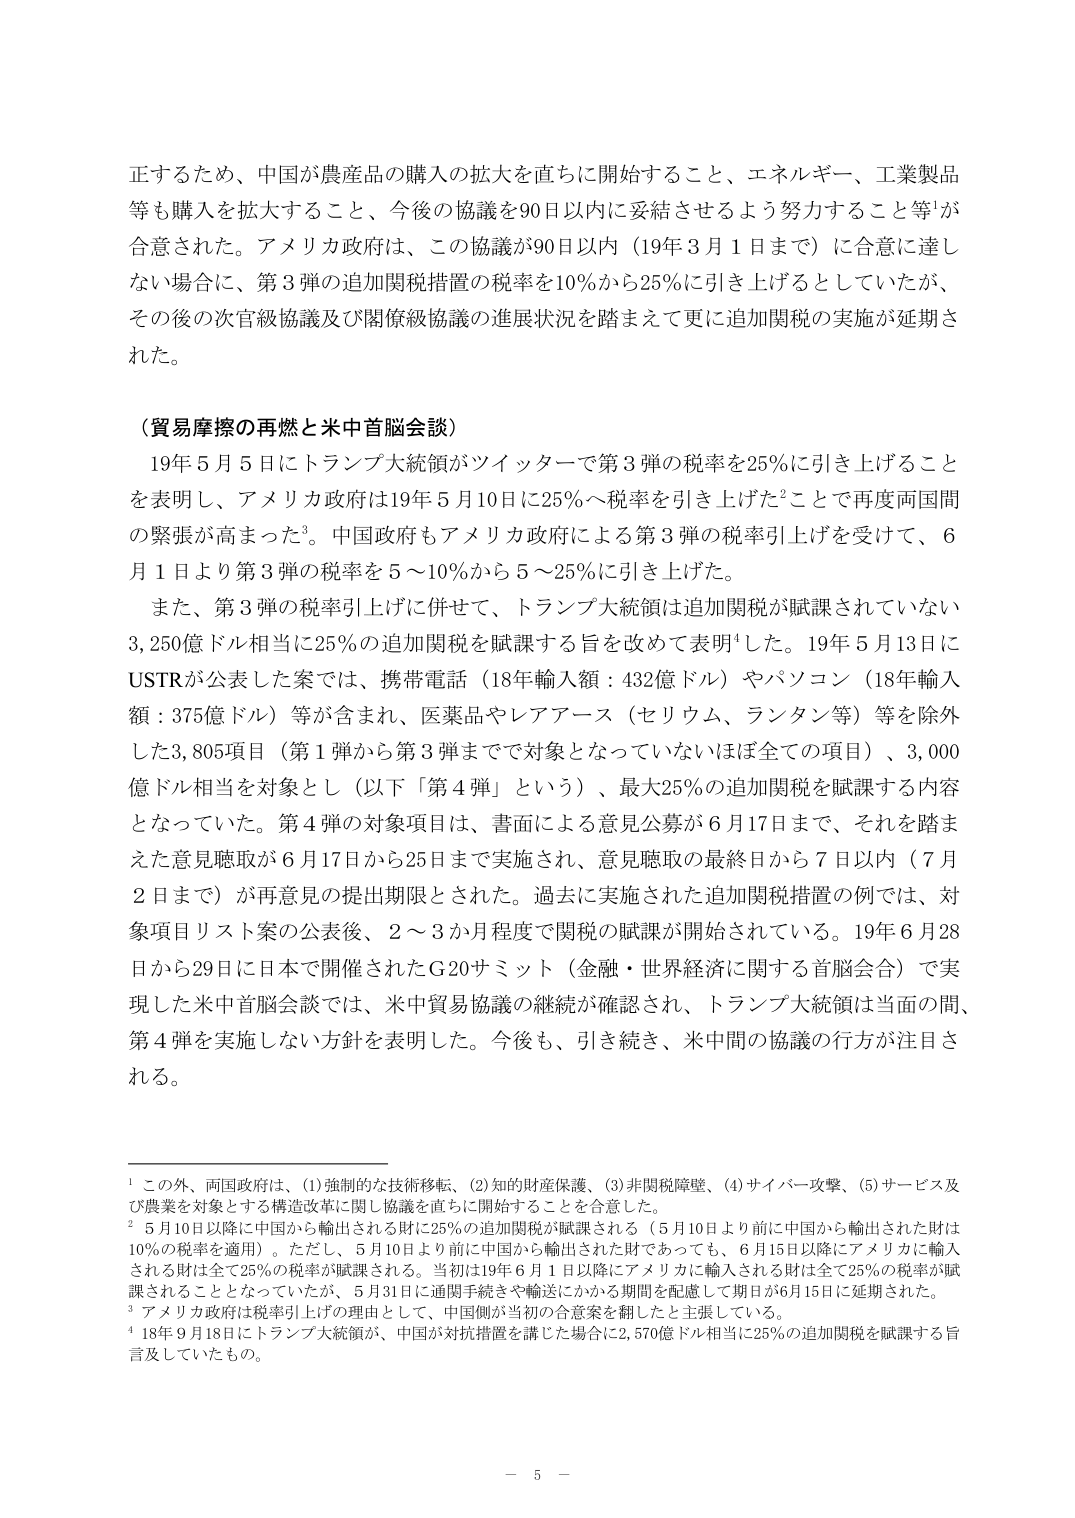
正するため、中国が農産品の購入の拡大を直ちに開始すること、エネルギー、工業製品等も購入を拡大すること、今後の協議を90日以内に妥結させるよう努力すること等¹が合意された。アメリカ政府は、この協議が90日以内（19年3月1日まで）に合意に達しない場合に、第3弾の追加関税措置の税率を10％から25％に引き上げるとしていたが、その後の次官級協議及び閣僚級協議の進展状況を踏まえて更に追加関税の実施が延期された。

（貿易摩擦の再燃と米中首脳会談）
19年5月5日にトランプ大統領がツイッターで第3弾の税率を25％に引き上げることを表明し、アメリカ政府は19年5月10日に25％へ税率を引き上げた²ことで再度両国間の緊張が高まった³。中国政府もアメリカ政府による第3弾の税率引上げを受けて、6月1日より第3弾の税率を5～10％から5～25％に引き上げた。
また、第3弾の税率引上げに併せて、トランプ大統領は追加関税が賦課されていない3,250億ドル相当に25％の追加関税を賦課する旨を改めて表明⁴した。19年5月13日にUSTRが公表した案では、携帯電話（18年輸入額：432億ドル）やパソコン（18年輸入額：375億ドル）等が含まれ、医薬品やレアアース（セリウム、ランタン等）等を除外した3,805項目（第1弾から第3弾までで対象となっていないほぼ全ての項目）、3,000億ドル相当を対象とし（以下「第4弾」という）、最大25％の追加関税を賦課する内容となっていた。第4弾の対象項目は、書面による意見公募が6月17日まで、それを踏まえた意見聴取が6月17日から25日まで実施され、意見聴取の最終日から7日以内（7月2日まで）が再意見の提出期限とされた。過去に実施された追加関税措置の例では、対象項目リスト案の公表後、2～3か月程度で関税の賦課が開始されている。19年6月28日から29日に日本で開催されたG20サミット（金融・世界経済に関する首脳会合）で実現した米中首脳会談では、米中貿易協議の継続が確認され、トランプ大統領は当面の間、第4弾を実施しない方針を表明した。今後も、引き続き、米中間の協議の行方が注目される。

¹ この外、両国政府は、(1)強制的な技術移転、(2)知的財産保護、(3)非関税障壁、(4)サイバー攻撃、(5)サービス及び農業を対象とする構造改革に関し協議を直ちに開始することを合意した。
² 5月10日以降に中国から輸出される財に25％の追加関税が賦課される（5月10日より前に中国から輸出された財は10％の税率を適用）。ただし、5月10日より前に中国から輸出された財であっても、6月15日以降にアメリカに輸入される財は全て25％の税率が賦課される。当初は19年6月1日以降にアメリカに輸入される財は全て25％の税率が賦課されることとなっていたが、5月31日に通関手続きや輸送にかかる期間を配慮して期日が6月15日に延期された。
³ アメリカ政府は税率引上げの理由として、中国側が当初の合意案を翻したと主張している。
⁴ 18年9月18日にトランプ大統領が、中国が対抗措置を講じた場合に2,570億ドル相当に25％の追加関税を賦課する旨言及していたもの。

－ 5 －